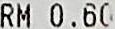
RM 0.60